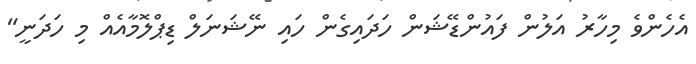
އެހެންވެ މިހާރު އަލުން ފައުންޑޭޝަން ހަދައިގެން ހައި ނޭޝަނަލް ޑިޕްލޮމާއެއް މި ހަދަނީ"